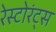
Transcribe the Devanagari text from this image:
रेस्टोरंट्स